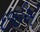
છઈએ